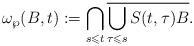
LaTeX: \begin{align*}\omega_\wp(B,t):=\bigcap_{s\leqslant t}\overline{\bigcup_{\tau\leqslant s}S(t,\tau)B}.\end{align*}